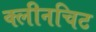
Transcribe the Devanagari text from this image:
क्लीनचिट